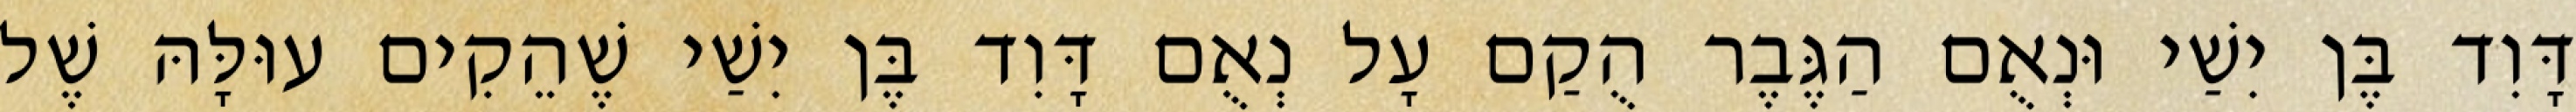
דָּוִד בֶּן יִשַׁי וּנְאֻם הַגֶּבֶר הֻקַם עָל נְאֻם דָּוִד בֶּן יִשַׁי שֶׁהֵקִים עוּלָּהּ שֶׁל